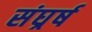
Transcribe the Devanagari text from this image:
संघर्र्ष